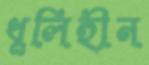
ধূলিহীন